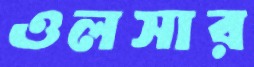
ওলসার